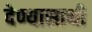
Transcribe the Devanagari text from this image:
देण्यासाथी